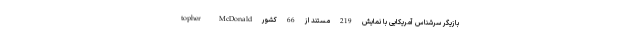
topher McDonald بازیگر سرشناس آمریکایی با نمایش 219 مستند از 66 کشور